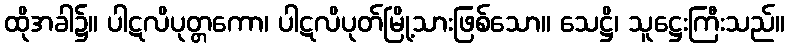
ထိုအခါ၌။ ပါဋလိပုတ္တကော၊ ပါဋလိပုတ်မြို့သားဖြစ်သော။ သေဋ္ဌိ၊ သူဋ္ဌေးကြီးသည်။